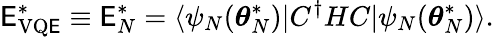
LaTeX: \mathsf{E}_{\mathrm{{VQ\mathsf{E}}}}^{*}\equiv\mathsf{E}_{N}^{*}=\langle\psi_{N}(\boldsymbol{\theta}_{N}^{*})|C^{\dagger}HC|\psi_{N}(\boldsymbol{\theta}_{N}^{*})\rangle.